Lunatic asylums Central Provinces reports 1895-1909 - 1895-1909
Year: 1895
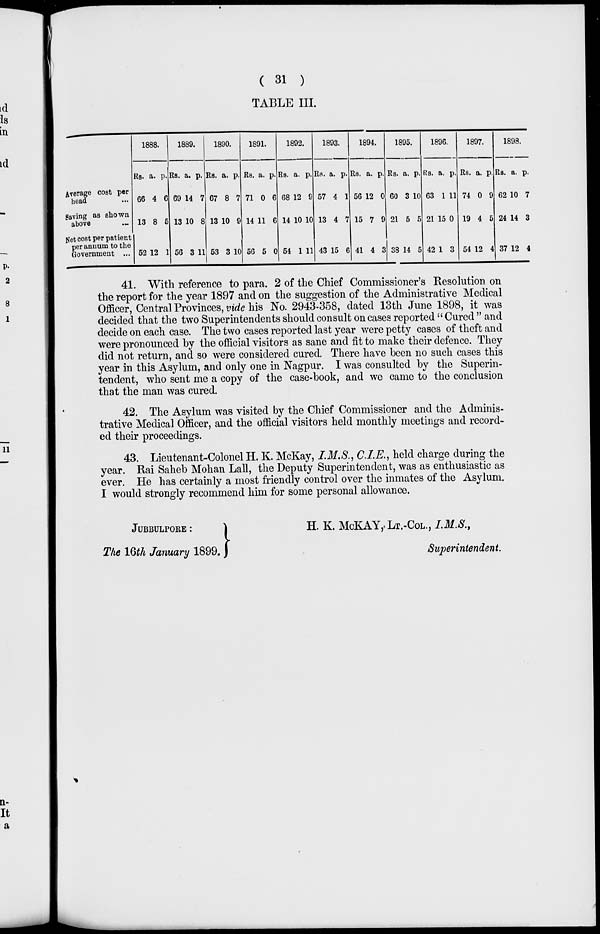
( 31 )
TABLE III.
Average cost per
head ...
Saving as shown
above ...
Net cost per patient
per annum to the
Government ...
1888.
Rs.
66
13
52
a.
4
8
12
p.
6
5
1
1889.
Rs.
69
13
56
a.
14
10
3
p.
7
8
11
1890.
Rs.
67
13
53
a.
8
10
3
p.
7
9
10
1891.
Rs.
71
14
56
a.
0
11
5
p.
6
6
0
1892.
Rs.
68
14
54
a.
12
10
1
p.
9
10
11
1893.
Rs.
57
13
43
a.
4
4
15
p.
1
7
6
1894.
Rs.
56
15
41
a.
12
7
4
p.
0
9
3
1895.
Rs.
60
21
38
a.
3
5
14
p.
10
5
5
1896.
Rs.
63
21
42
a.
1
15
1
p.
11
0
3
1897.
Rs.
74
19
54
a.
0
4
12
p.
9
5
4
1898.
Rs.
62
24
37
a.
10
14
12
p.
7
3
4
41. With reference to para. 2 of the Chief Commissioner's Resolution on
the report for the year 1897 and on the suggestion of the Administrative Medical
Officer, Central Provinces, vide his No. 2943-358, dated 13th June 1898, it was
decided that the two Superintendents should consult on cases reported " Cured " and
decide on each case. The two cases reported last year were petty cases of theft and
were pronounced by the official visitors as sane and fit to make their defence. They
did not return, and so were considered cured. There have been no such cases this
year in this Asylum, and only one in Nagpur. I was consulted by the Superin-
tendent, who sent me a copy of the case-book, and we came to the conclusion
that the man was cured.
42. The Asylum was visited by the Chief Commissioner and the Adminis-
trative Medical Officer, and the official visitors held monthly meetings and record-
ed their proceedings.
43. Lieutenant-Colonel H. K. McKay, I.M.S., C.I.E., held charge during the
year. Rai Saheb Mohan Lall, the Deputy Superintendent, was as enthusiastic as
ever. He has certainly a most friendly control over the inmates of the Asylum.
I would strongly recommend him for some personal allowance.
JUBBULPORE :
H. K. McKAY, LT.-COL., I.M.S.,
The 16th January 1899. )
Superintendent.